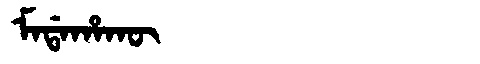
Manchu: ᠮᠠᡩᠠᡥᠠᡴᡡ
Romanization: MADAHAKŪ